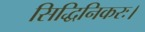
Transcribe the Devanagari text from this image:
सिद्धिनिकरः।